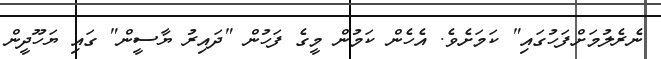
ނެރެލުމަށްފަހުގައި" ކަމަށެވެ. އެހެން ކަމުން މީގެ ފަހުން "ދައިރު ޔާސީން" ގައި ޔަހޫދީން